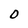
Character: 0